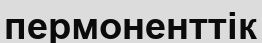
пермоненттік